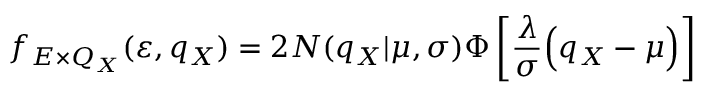
f _ { E \times Q _ { X } } ( \varepsilon , q _ { X } ) = 2 N ( q _ { X } | \mu , \sigma ) \Phi \left[ \frac { \lambda } { \sigma } \Bigl ( q _ { X } - \mu \Bigr ) \right]